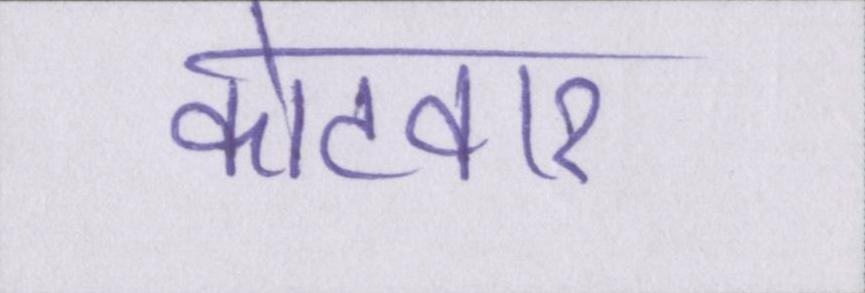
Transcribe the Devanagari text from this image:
कोटवार